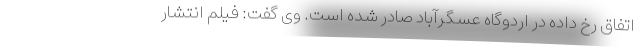
اتفاق رخ داده در اردوگاه عسگرآباد صادر شده است. وی گفت: فیلم انتشار